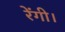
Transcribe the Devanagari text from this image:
रेंगी।